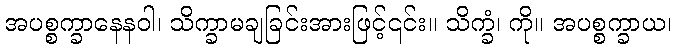
အပစ္စက္ခာနေနဝါ၊ သိက္ခာမချခြင်းအားဖြင့်၎င်း။ သိက္ခံ၊ ကို။ အပစ္စက္ခာယ၊